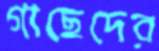
গাছেদের